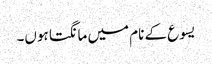
یسوع کے نام میں مانگتا ہوں۔